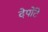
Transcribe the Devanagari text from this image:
देपोंटे